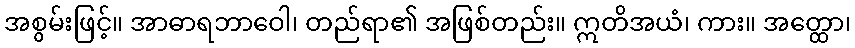
အစွမ်းဖြင့်။ အာဓာရဘာဝေါ၊ တည်ရာ၏ အဖြစ်တည်း။ ဣတိအယံ၊ ကား။ အတ္ထော၊